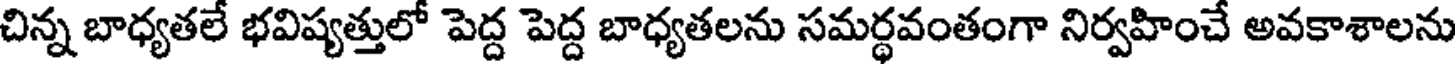
చిన్న బాధ్యతలే భవిష్యత్తులో పెద్ద పెద్ద బాధ్యతలను సమర్ధవంతంగా నిర్వహించే అవకాశాలను